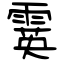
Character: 霙